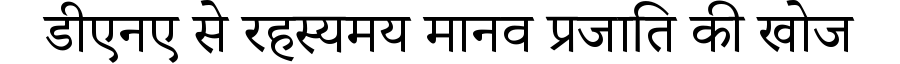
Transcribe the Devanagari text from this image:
डीएनए से रहस्यमय मानव प्रजाति की खोज